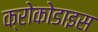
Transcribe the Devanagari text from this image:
क्रोकोडाइस